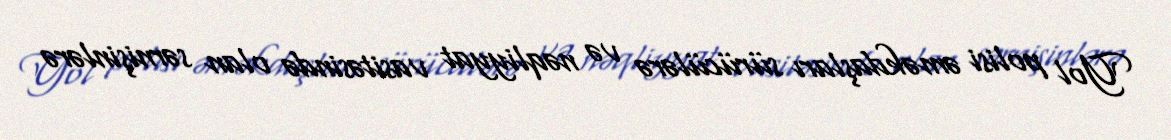
Yol polisi əməkdaşları sürücülərə və nəqliyyat vasitəsində olan sərnişinlərə